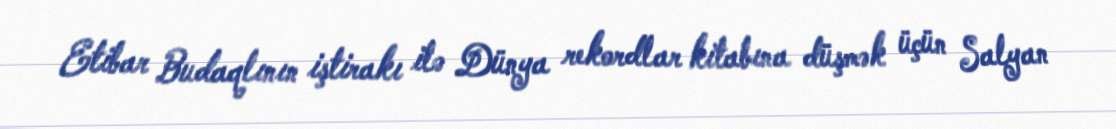
Etibar Budaqlının iştirakı ilə Dünya rekordlar kitabına düşmək üçün Salyan